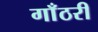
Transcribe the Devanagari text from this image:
गाँठरी